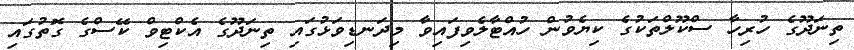
ތިނަދޫގެ ހުރިހާ ސްކޫލްތަކުގެ ކިޔެވުން ހުއްޓާލެވިފައިވާ މިދަނޑިވަޅުގައި ތިނަދޫގެ އެކްޓިވް ކޭސްގެ ގޮތުގައި